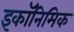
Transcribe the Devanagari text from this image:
इकॉनिमिक